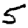
Digit: 5